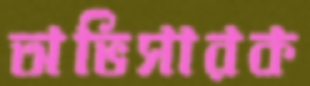
অভিসারক